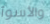
والأسوأ